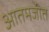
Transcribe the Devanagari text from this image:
आतमजीत